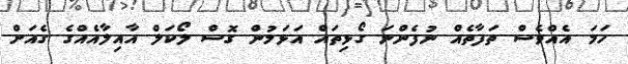
ހަމަ އެއްވެސް ތަފާތެއް ނުފެންނަ ގޯޅިތައް އަޅަމުން ގޮސް ލޯކަލް އާއިލާއެއްގެ ގެއަށް